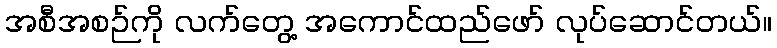
အစီအစဉ်ကို လက်တွေ့ အကောင်ထည်ဖော် လုပ်ဆောင်တယ်။